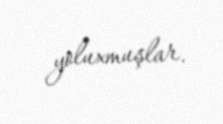
yoluxmuşlar.